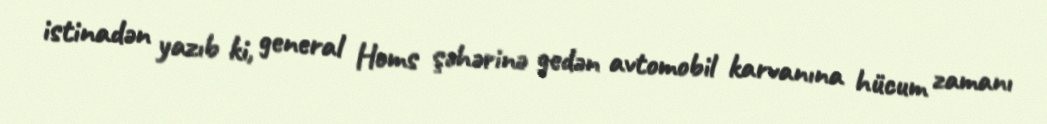
istinadən yazıb ki, general Homs şəhərinə gedən avtomobil karvanına hücum zamanı